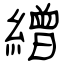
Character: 繒